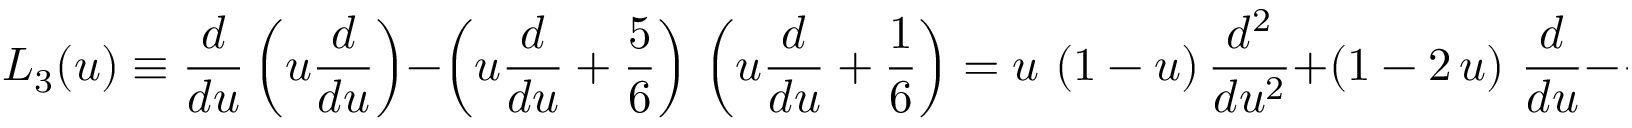
L _ { 3 } ( u ) \equiv \frac { d } { d u } \left( u \frac { d } { d u } \right) - \left( u \frac { d } { d u } + \frac { 5 } { 6 } \right) \, \left( u \frac { d } { d u } + \frac { 1 } { 6 } \right) = u \, \left( 1 - u \right) \frac { d ^ { 2 } } { d u ^ { 2 } } + \left( 1 - 2 \, u \right) \, \frac { d } { d u } - \frac { 5 } { 3 6 }